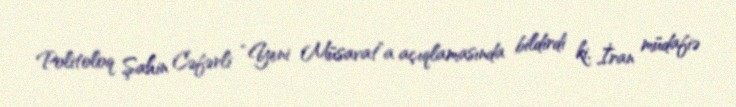
Politoloq Şahin Cəfərli “Yeni Müsavat”a açıqlamasında bildirdi ki, İran müdafiə